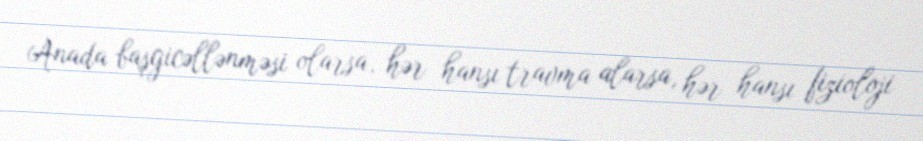
Anada başgicəllənməsi olarsa, hər hansı travma alarsa, hər hansı fizioloji